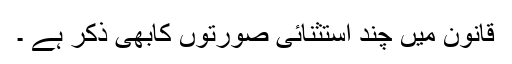
قانون میں چند استثنائی صورتوں کابھی ذکر ہے ۔